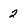
Character: 2